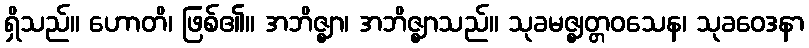
ရှိသည်။ ဟောတိ၊ ဖြစ်၏။ အဘိဇ္ဈာ၊ အဘိဇ္ဈာသည်။ သုခမဇ္ဈတ္တဝသေန၊ သုခဝေဒနာ